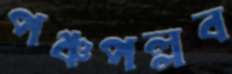
পঞ্চপল্লব